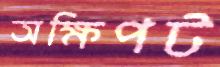
অক্ষিপট